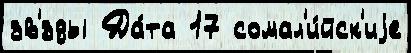
зв'́зды Да́та 17 сомал'и́йск'иjе